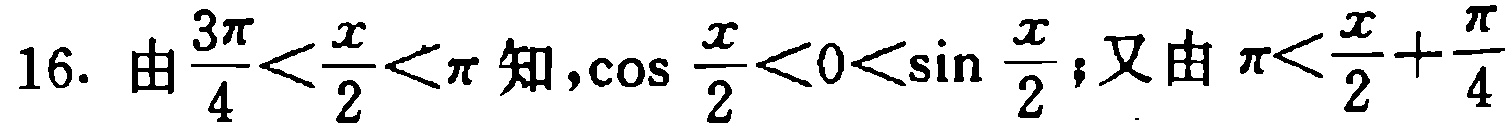
16. 由$\frac{3\pi}{4}<\frac{x}{2}<\pi$知，$\cos\frac{x}{2}<0<\sin\frac{x}{2}$；又由$\pi<\frac{x}{2}+\frac{\pi}{4}$